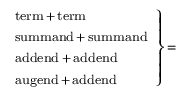
\scriptstyle \left. { \begin{array} { l } { \scriptstyle { \mathrm { t e r m } } \, + \, { \mathrm { t e r m } } } \\ { \scriptstyle { \mathrm { s u m m a n d } } \, + \, { \mathrm { s u m m a n d } } } \\ { \scriptstyle { \mathrm { a d d e n d } } \, + \, { \mathrm { a d d e n d } } } \\ { \scriptstyle { \mathrm { a u g e n d } } \, + \, { \mathrm { a d d e n d } } } \end{array} } \right\} \, =